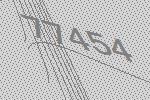
77454